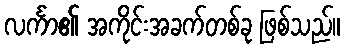
လင်္ကာ၏ အကိုင်းအခက်တစ်ခု ဖြစ်သည်။